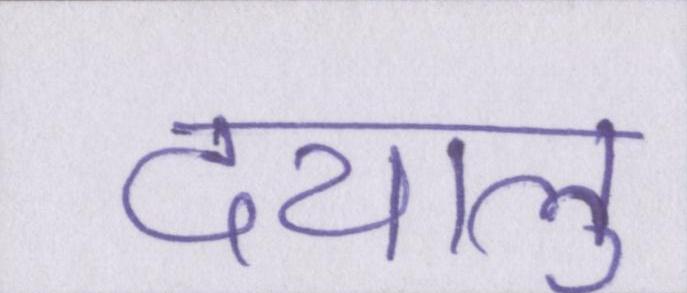
दयालु